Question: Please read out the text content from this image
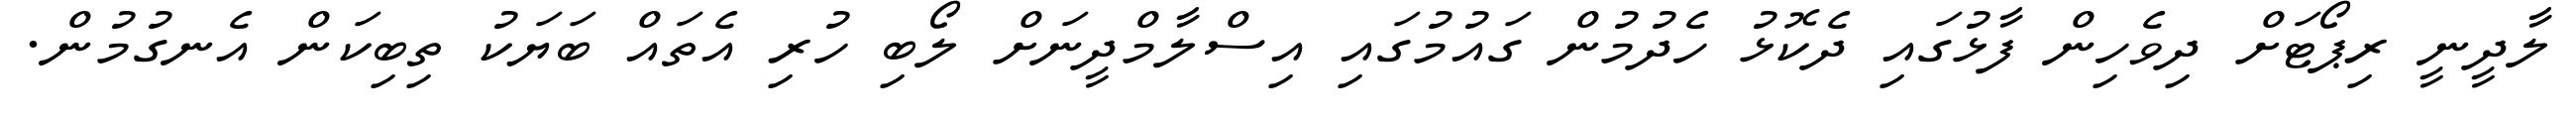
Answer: ލާދީނީ ރިޕޯޓަށް ދިވެހިން ފާޅުގައި ދެކޮޅު ހެދުމުން ގައުމުގައި އިސްލާމްދީނަށް ލޯބި ހުރި އެތައް ބަޔަކު ތިބިކަން އެނގުމުން.